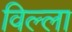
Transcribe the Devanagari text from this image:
विल्‍ला